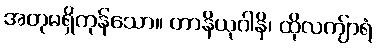
အတုမရှိကုန်သော။ တာနိယုဂါနိ၊ ထိုလကျ်ာရံ